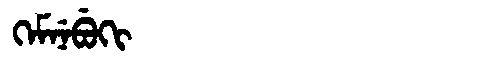
Manchu: ᡴᡝᠮᠨᡝᠪᡠᡴᡳ
Romanization: KEMNEBUKI